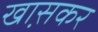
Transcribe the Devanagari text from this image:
खा़सकर